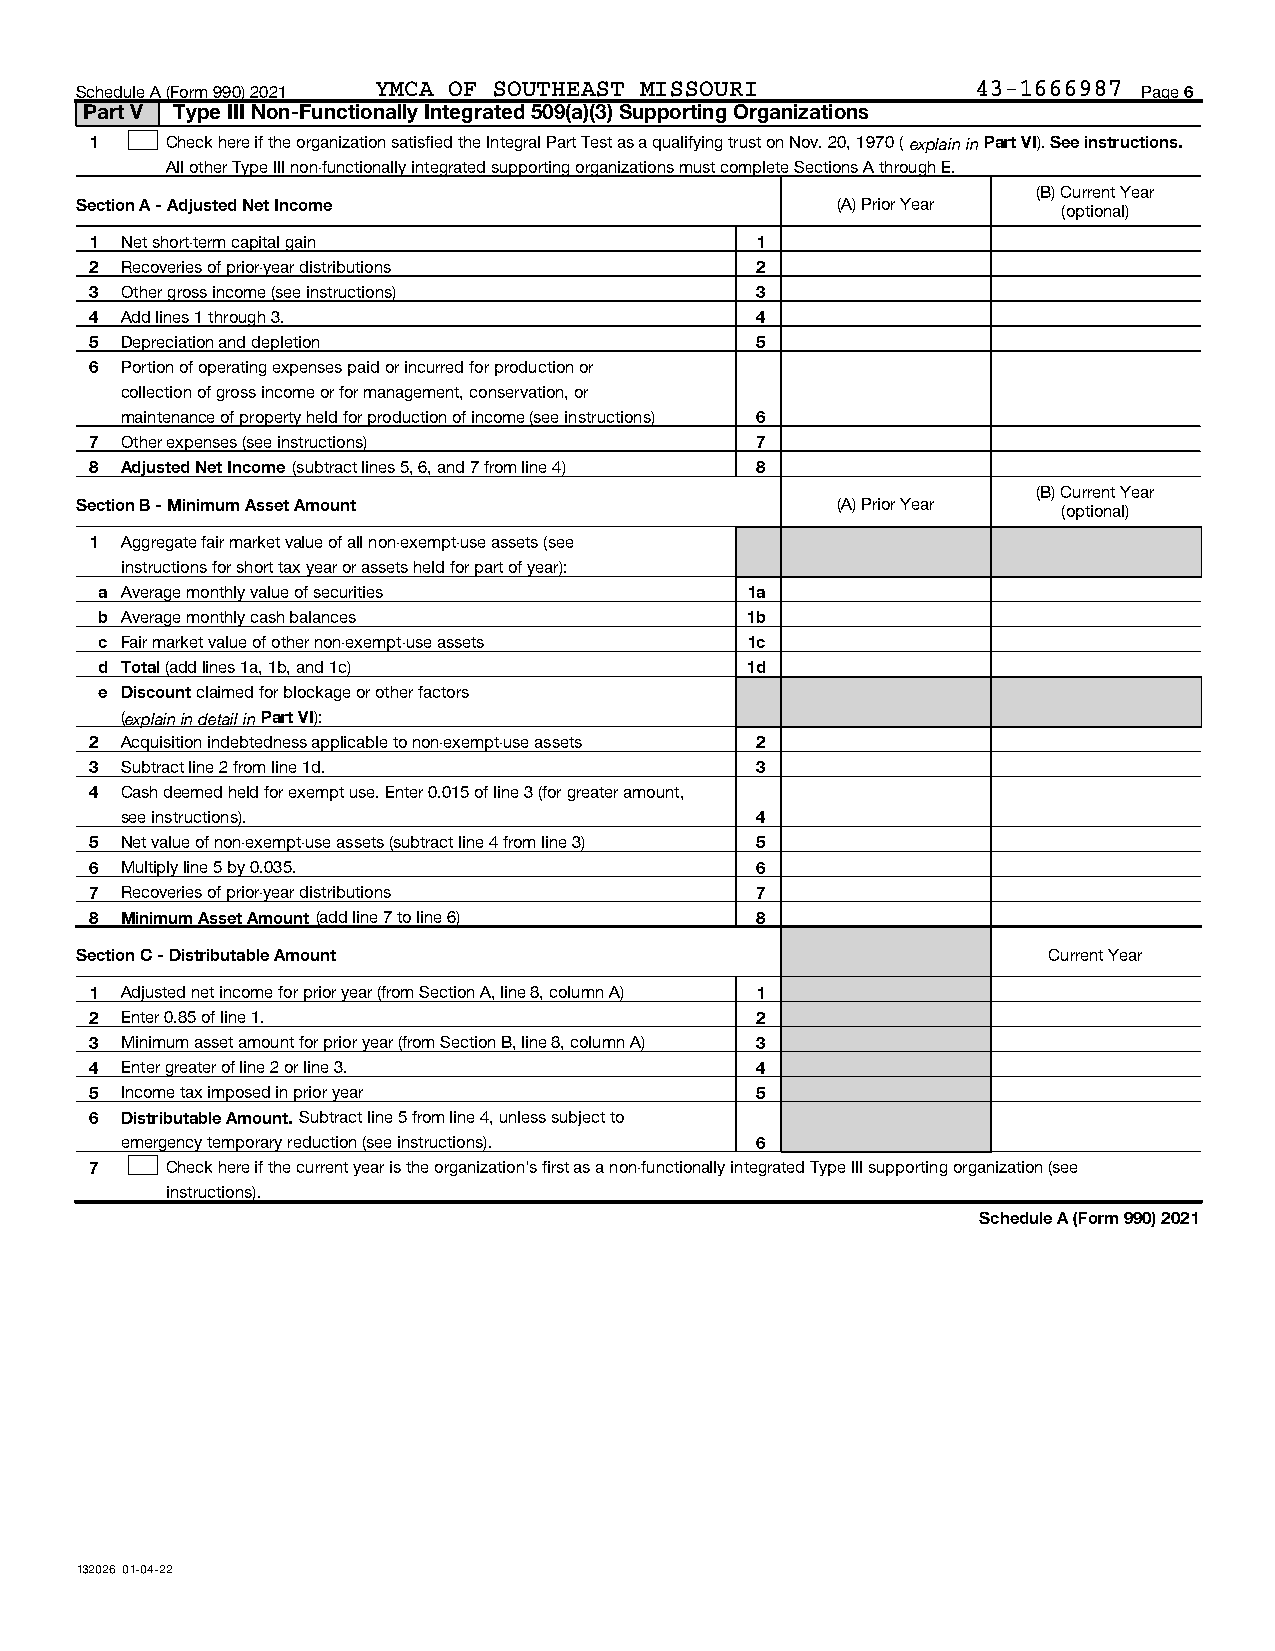
Schedule A (Form 990) 2021 YMCA OF SOUTHEAST MISSOURI       43-1666987 Page 6
 Part V Type III Non-Functionally Integrated 509(a)(3) Supporting Organizations
 1    Check here if the organization satisfied the Integral Part Test as a qualifying trust on Nov. 20, 1970 ( explain in Part VI). See instructions.
 All other Type III non-functionally integrated supporting organizations must complete Sections A through E.
 (B) Current Year
 Section A - Adjusted Net Income                   (A) Prior Year (optional)
 1 Net short-term capital gain               1
 2 Recoveries of prior-year distributions    2
 3 Other gross income (see instructions)     3
 4 Add lines 1 through 3.                    4
 5 Depreciation and depletion                5
 6 Portion of operating expenses paid or incurred for production or
 collection of gross income or for management, conservation, or
 maintenance of property held for production of income (see instructions) 6
 7 Other expenses (see instructions)         7
 8 Adjusted Net Income (subtract lines 5, 6, and 7 from line 4) 8
 (B) Current Year
 Section B - Minimum Asset Amount                  (A) Prior Year (optional)
 1 Aggregate fair market value of all non-exempt-use assets (see
 instructions for short tax year or assets held for part of year):
 a Average monthly value of securities     1a
 b Average monthly cash balances           1b
 c Fair market value of other non-exempt-use assets 1c
 d Total (add lines 1a, 1b, and 1c)        1d
 e Discount claimed for blockage or other factors
 (explain in detail inPart VI):
 2 Acquisition indebtedness applicable to non-exempt-use assets 2
 3 Subtract line 2 from line 1d.             3
 4 Cash deemed held for exempt use. Enter 0.015 of line 3 (for greater amount,
 see instructions).                        4
 5 Net value of non-exempt-use assets (subtract line 4 from line 3) 5
 6 Multiply line 5 by 0.035.                 6
 7 Recoveries of prior-year distributions    7
 8 Minimum Asset Amount (add line 7 to line 6) 8
 Section C - Distributable Amount                                Current Year
 1 Adjusted net income for prior year (from Section A, line 8, column A) 1
 2 Enter 0.85 of line 1.                     2
 3 Minimum asset amount for prior year (from Section B, line 8, column A) 3
 4 Enter greater of line 2 or line 3.        4
 5 Income tax imposed in prior year          5
 6 Distributable Amount. Subtract line 5 from line 4, unless subject to
 emergency temporary reduction (see instructions). 6
 7    Check here if the current year is the organization's first as a non-functionally integrated Type III supporting organization (see
 instructions).
 Schedule A (Form 990) 2021
 132026 01-04-22